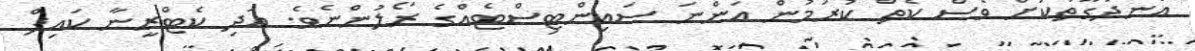
އުނދަގޫތަކަށް ވެސް ކެތް ކުރަމުން އަންނަ ސައިންޓިސްޓެއްގެ ރޯލުންނެވެ. އަދި ކެޓްރީނާ ކައިފް